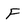
Character: F